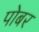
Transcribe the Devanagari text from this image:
पोबर